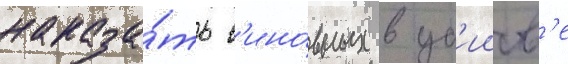
наказа́ть в'ино́вных в уб'ииств'е